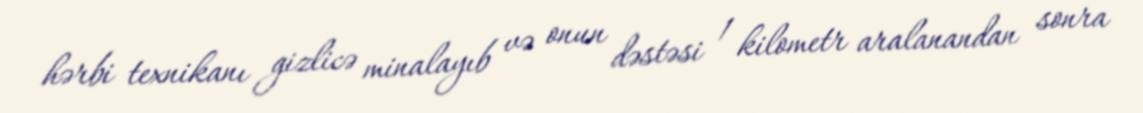
hərbi texnikanı gizlicə minalayıb və onun dəstəsi 1 kilometr aralanandan sonra